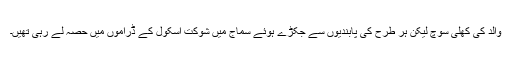
والد کی کھلی سوچ لیکن ہر طرح کی پابندیوں سے جکڑے ہوئے سماج میں شوکت اسکول کے ڈراموں میں حصہ لے رہی تھیں۔